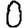
Digit: 0